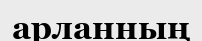
арланның